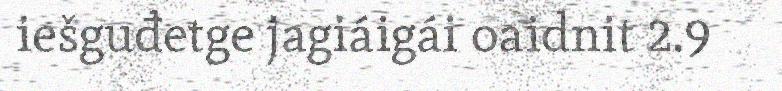
iešguđetge jagiáigái oaidnit 2.9